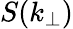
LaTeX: S(k_{\perp})